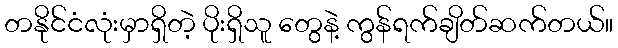
တနိုင်ငံလုံးမှာရှိတဲ့ ပိုးရှိသူ တွေနဲ့ ကွန်ရက်ချိတ်ဆက်တယ်။